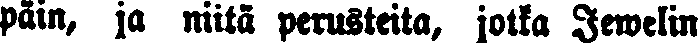
päin, ja niitä perusteita, jotka Jewelin